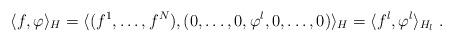
LaTeX: \begin{align*}\langle f, \varphi\rangle_H=\langle (f^1,\dots,f^N), (0,\dots,0,\varphi^l,0,\dots,0)\rangle_H=\langle f^l, \varphi^l\rangle_{H_l}\; .\end{align*}